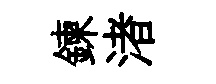
鍊渚